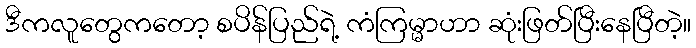
ဒီကလူတွေကတော့ စပိန်ပြည်ရဲ့ ကံကြမ္မာဟာ ဆုံးဖြတ်ပြီးနေပြီတဲ့။